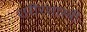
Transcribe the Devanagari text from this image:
शरीरशास्त्री